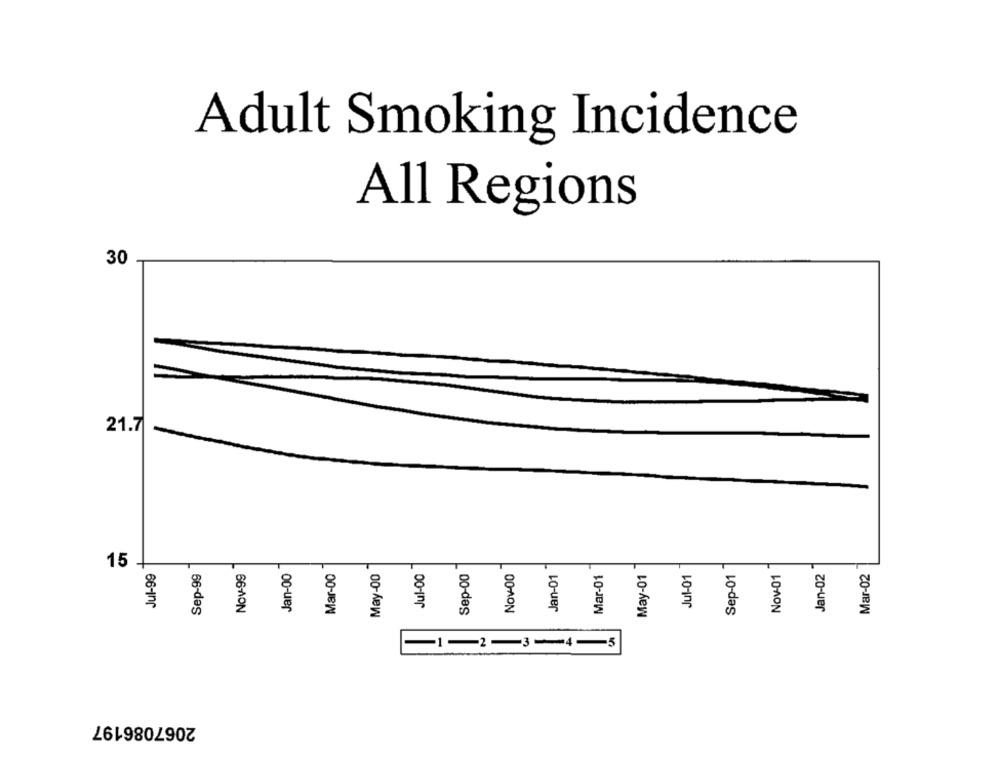
Adult Smoking Incidence
All Regions
30
21.7
Jul-00
Sep-00
Nov-00
Sep-01
15 .
Jul-99
Sep-99
Nov-99
Jan-00
Mar-00
May-00
Jan-01
Mar-01
May-01
Jul-01
Nov-01
Jan-02
Mar-02
-1-2-3-4-5
2067086197